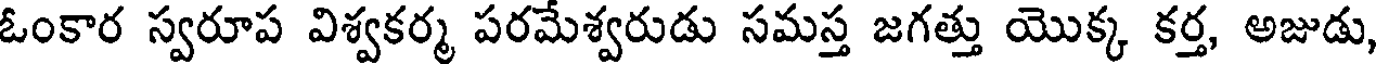
ఓంకార స్వరూప విశ్వకర్మ పరమేశ్వరుడు సమస్త జగత్తు యొక్క కర్త, అజుడు,